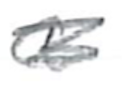
Text: a
Cross-out: scratch
Writing tool: pencil